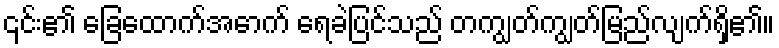
၎င်း၏ ခြေထောက်အောက် ရေခဲပြင်သည် တကျွတ်ကျွတ်မြည်လျက်ရှိ၏။